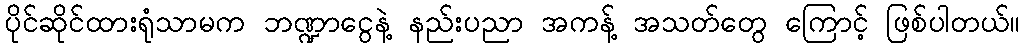
ပိုင်ဆိုင်ထားရုံသာမက ဘဏ္ဍာငွေနဲ့ နည်းပညာ အကန့် အသတ်တွေ ကြောင့် ဖြစ်ပါတယ်။